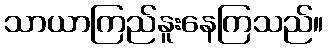
သာယာကြည်နူးနေကြသည်။